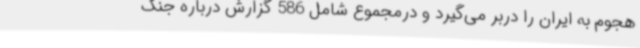
هجوم به ایران را دربر می‌گیرد و درمجموع شامل 586 گزارش درباره جنگ